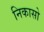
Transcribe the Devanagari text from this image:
निकासो